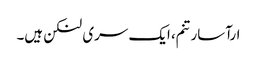
ارآسارتنم، ایک سری لنکن ہیں۔